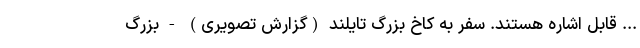
... قابل اشاره هستند. سفر به کاخ بزرگ تایلند (گزارش تصویری) - بزرگ